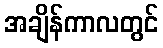
အချိန်ကာလတွင်